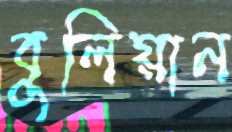
বুলিয়ান